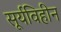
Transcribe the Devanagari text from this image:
सूर्यविहीन